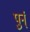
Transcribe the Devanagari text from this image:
पुर्न्